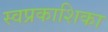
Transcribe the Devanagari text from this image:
स्वप्रकाशिका